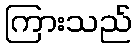
ကြားသည်